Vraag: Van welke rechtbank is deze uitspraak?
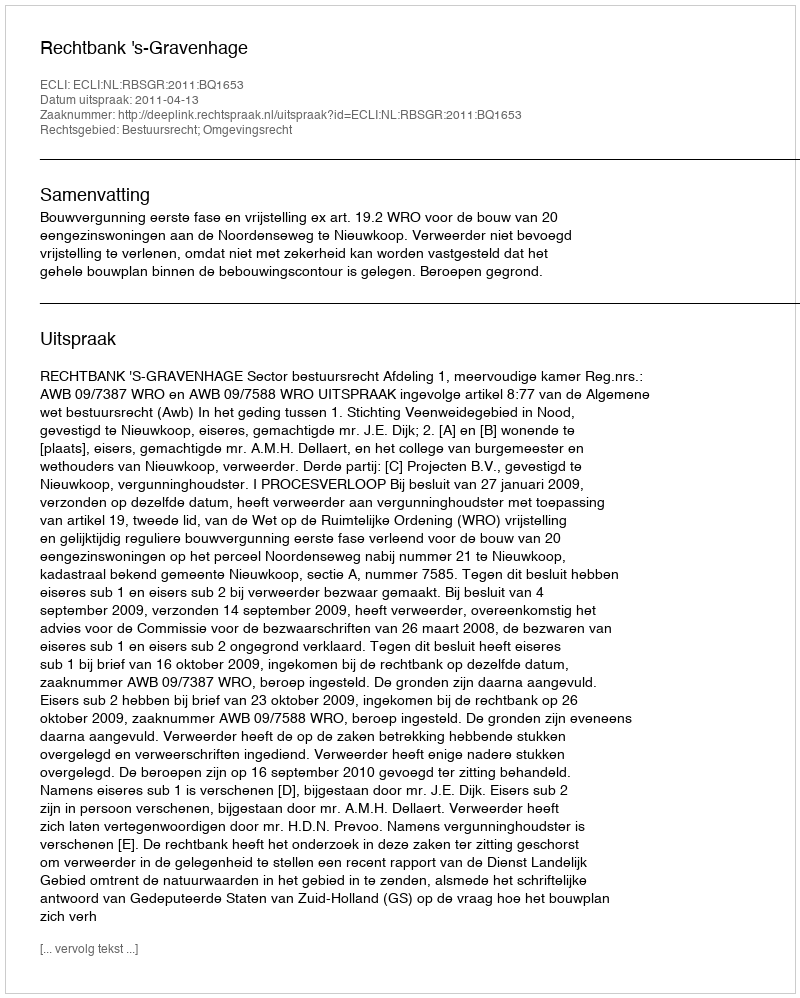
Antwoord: Rechtbank 's-Gravenhage